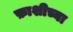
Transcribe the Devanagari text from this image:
फ़ाशीच्या